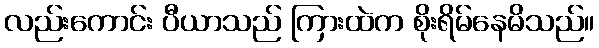
လည်းကောင်း ပီယာသည် ကြားထဲက စိုးရိမ်နေမိသည်။